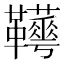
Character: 𩎁